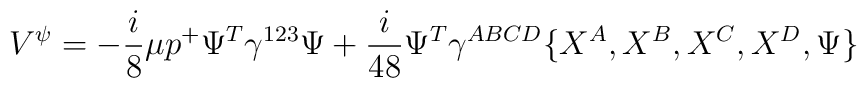
V^\psi = -{i \over 8} \mu p^+ \Psi^T \gamma^{123} \Psi + {i \over 48} \Psi^T\gamma^{ABCD} \{X^A, X^B, X^C, X^D, \Psi \}